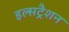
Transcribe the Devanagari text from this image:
इल्सट्रैशन